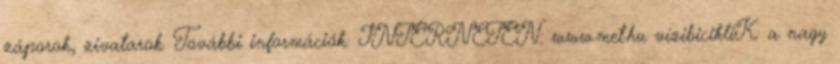
záporok, zivatarok. További információk: INTERNETEN: www.met.hu vízibicikliK: a nagy